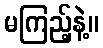
မကြည့်နဲ့။